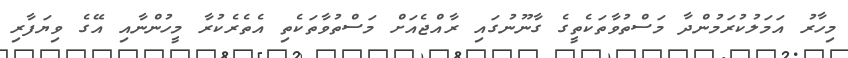
މިހާރު އަމަލުކުރަމުންދާ މަސްތުވާތަކެތީގެ ގާނޫނުގައި ރާއްޖެއަށް މަސްތުވާތަކެތި އެތެރެކުރާ މީހުންނާއި އޭގެ ވިޔަފާރި